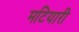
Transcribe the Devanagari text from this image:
मटियारी